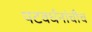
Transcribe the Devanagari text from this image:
पटवर्धनांचीच